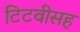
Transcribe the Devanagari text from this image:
टिटवीसह